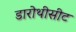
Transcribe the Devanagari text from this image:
डारोथीसीट